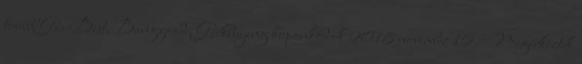
tovább GearBest, Banggood, Geekbuying kuponkódok 2018 november 16. Megérkeztek